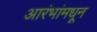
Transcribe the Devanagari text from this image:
आरंभांमधून